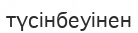
түсінбеуінен